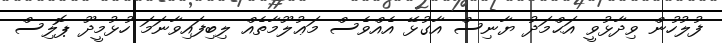
ފުލުހުން ވިދާޅުވީ އަޙްމަދު ޔާނިސް އާގުޅޭ އެއްވެސް މަޢުލޫމާތެއް ލިބިފައިވާނަމަ ހުޅުމީދޫ ޕޮލިސް